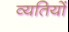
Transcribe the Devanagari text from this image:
व्यतियों